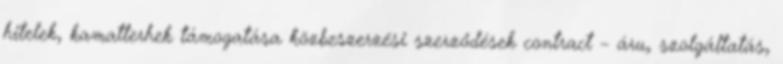
hitelek, kamatterhek támogatása közbeszerzési szerződések contract – áru, szolgáltatás,